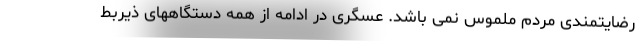
رضایتمندی مردم ملموس نمی باشد. عسگری در ادامه از همه دستگاههای ذیربط